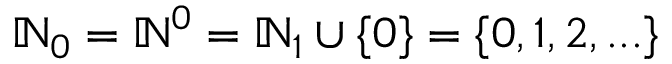
\mathbb { N } _ { 0 } = \mathbb { N } ^ { 0 } = \mathbb { N } _ { 1 } \cup \{ 0 \} = \{ 0 , 1 , 2 , . . . \}